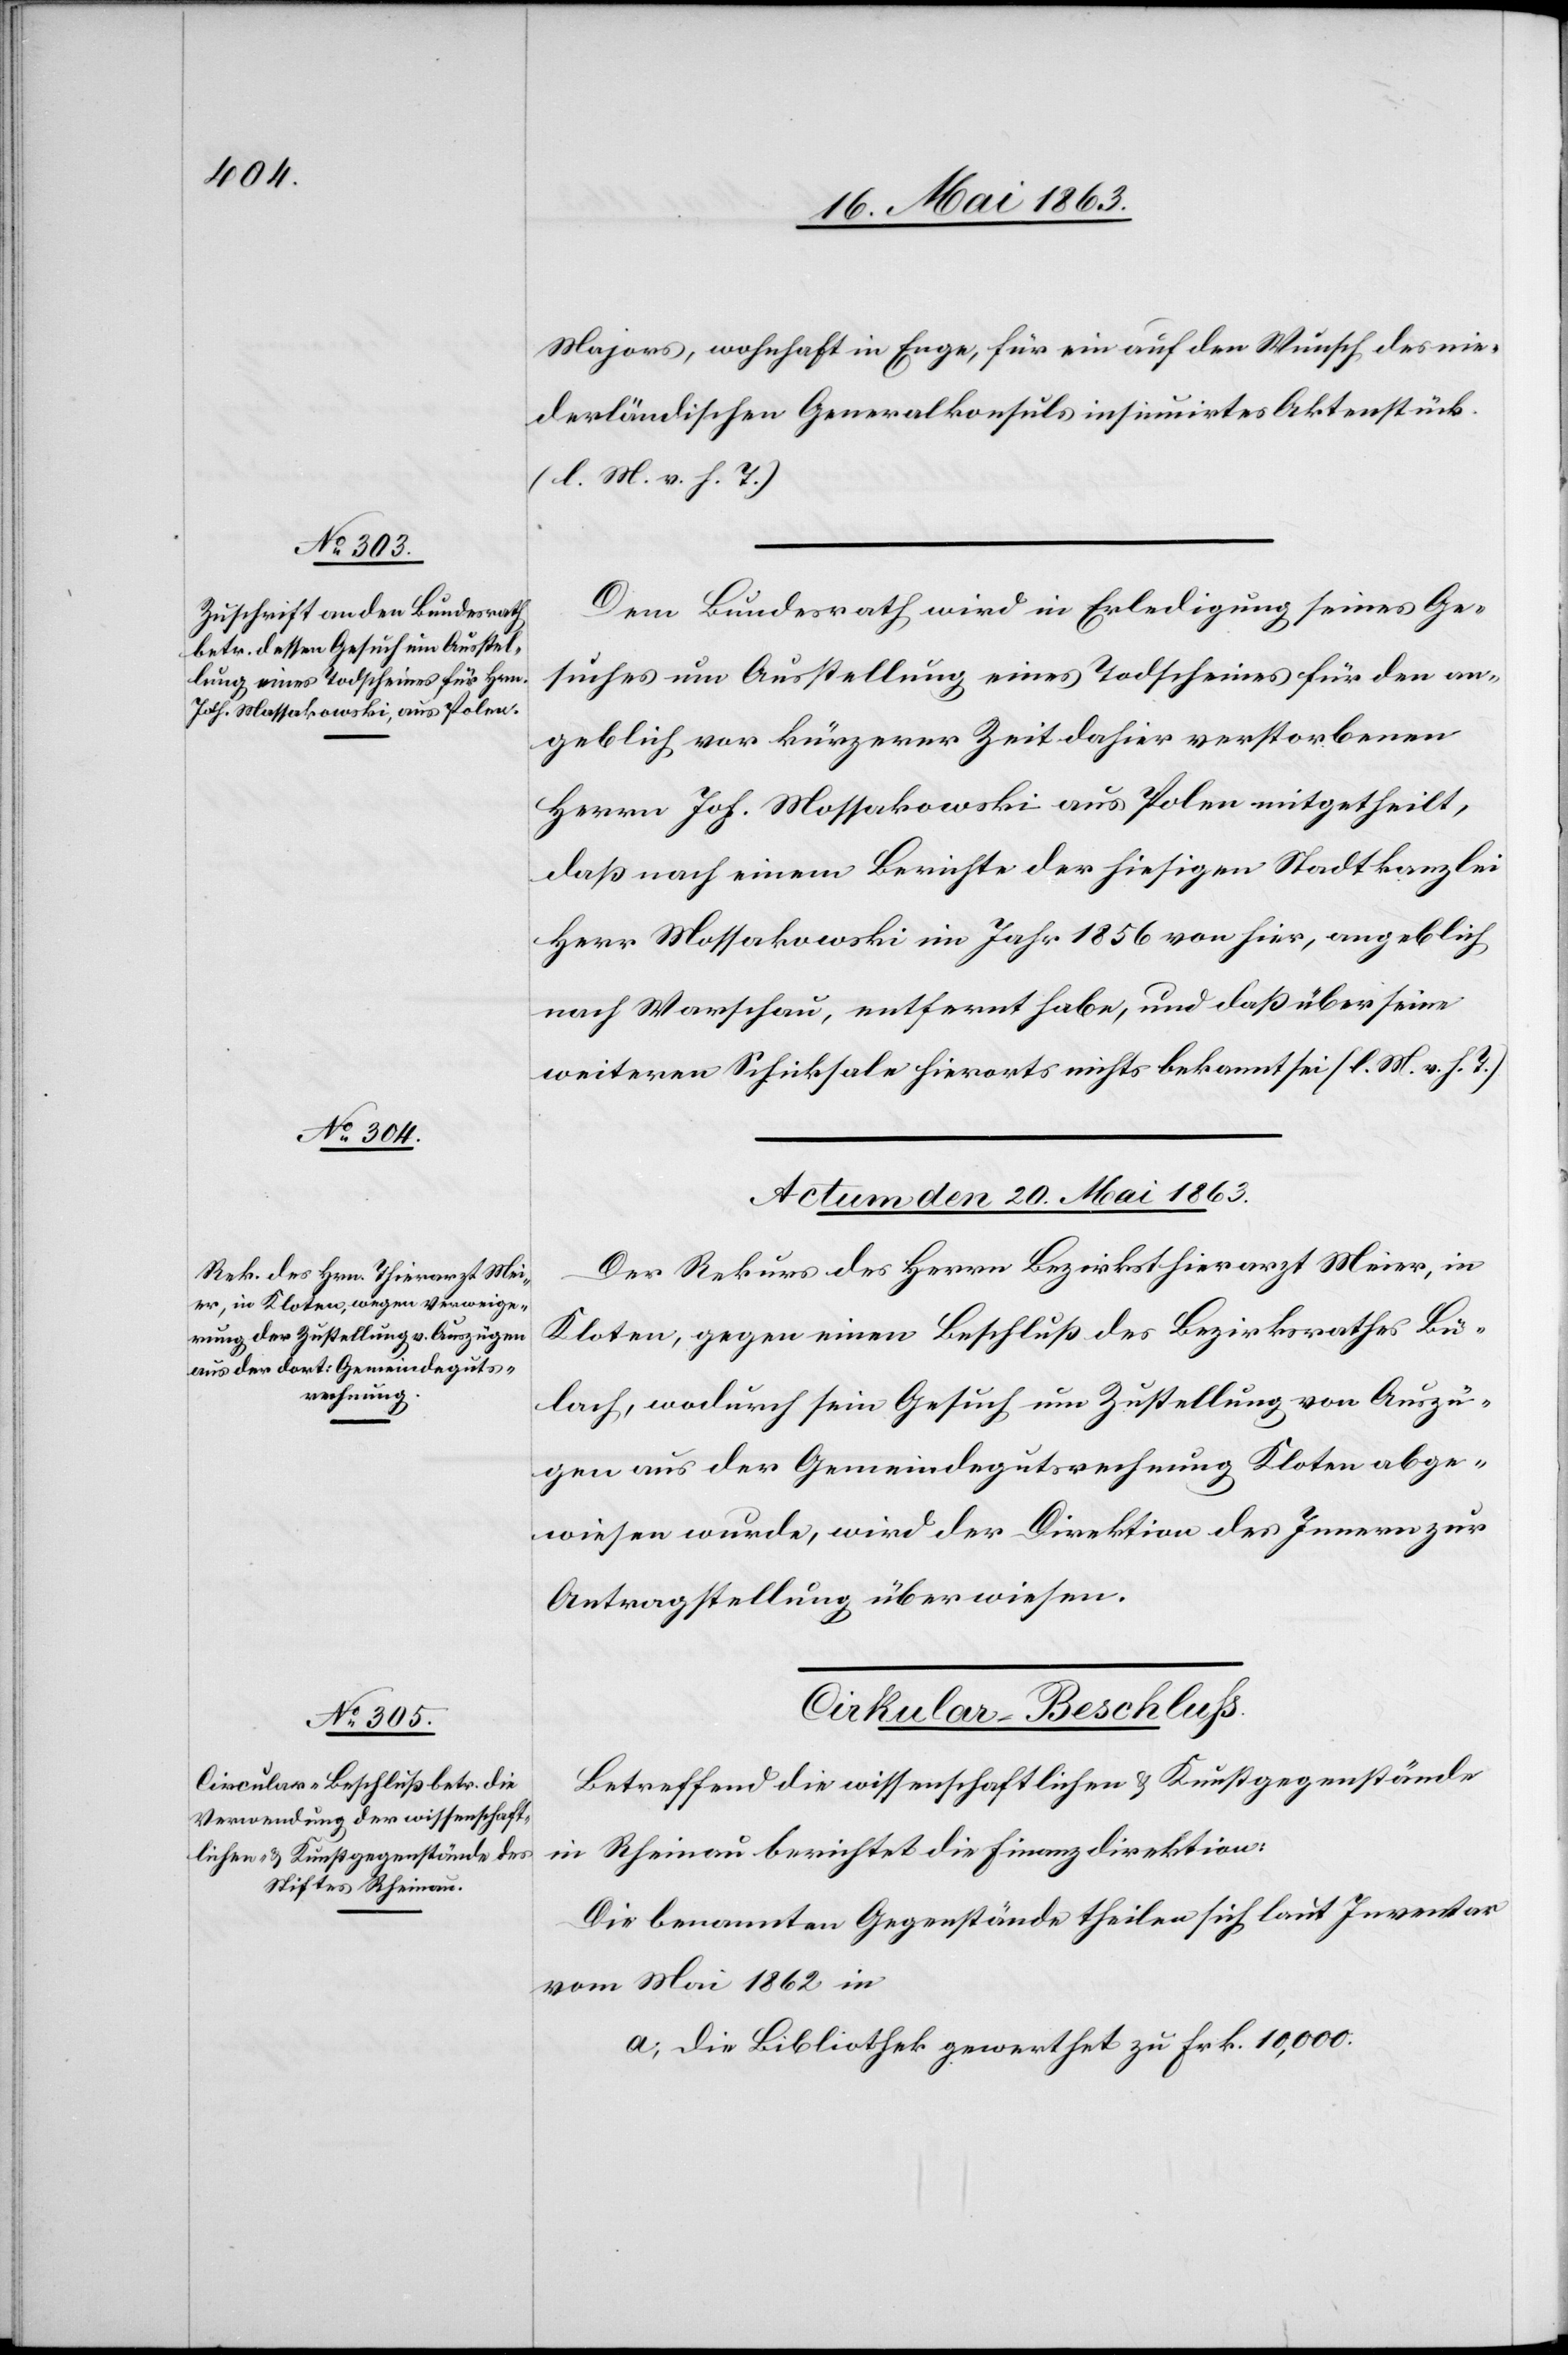
Majors, wohnhaft in Enge, für ein auf den Wunsch des nie¬
derländischen Generalkonsuls insinuirtes Aktenstück.
(l. M. v. h. T.)
Dem Bundesrath wird in Erledigung seines Ge¬
suches um Ausstellung eines Todscheines für den an¬
geblich vor kürzerer Zeit dahier verstorbenen
Herrn Joh. Mossakowski aus Polen mitgetheilt,
daß nach einem Berichte der hiesigen Stadtkanzlei
Herr Mossakowski im Jahr 1856 von hier, angeblich
nach Warschau, entfernt habe, und daß über seine
weiteren Schicksale hierorts nichts bekannt sei (l. M. v. h. T.)
[Actum den 19. Mai 1863.]
Der Rekurs des Herrn Bezirksthierarzt Meier, in
Kloten, gegen einen Beschluß des Bezirksrathes Bü¬
lach, wodurch sein Gesuch um Zustellung von Auszü¬
gen aus der Gemeindegutsrechnung Kloten abge¬
wiesen wurde, wird der Direktion des Innern zur
Antragstellung überwiesen.
Cirkular-Beschluß.
Betreffend die wissenschaftlichen & Kunstgegenstände
in Rheinau berichtet die Finanzdirektion:
Die benannten Gegenstände theilen sich laut Inventar
vom Mai 1862 in